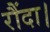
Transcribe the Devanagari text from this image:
रौंदा।